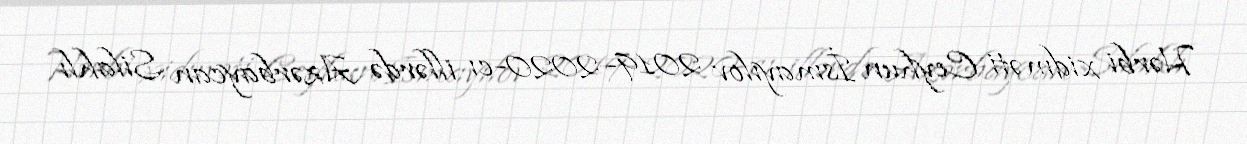
Hərbi xidməti Ceyhun İsmayılov 2019–2020-cı illərdə Azərbaycan Silahlı